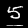
Label: 5